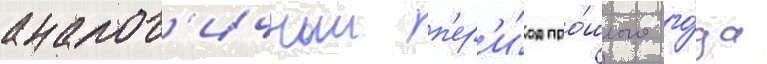
аналог'ичныи п'ер'и́од про́шлого го́да